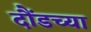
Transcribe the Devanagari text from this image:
दौंडच्या